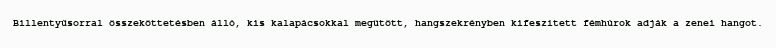
Billentyűsorral összeköttetésben álló, kis kalapácsokkal megütött, hangszekrényben kifeszített fémhúrok adják a zenei hangot.